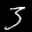
Label: 3